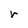
Character: r